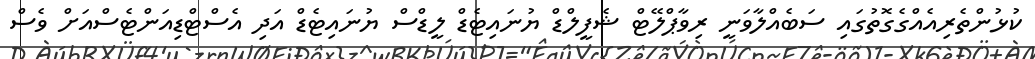
ކުޅުންތެރިއެއްގެގޮތުގައި ސަބެއްލާވަނީ ރިވާޕްލޭޓް ޝެފީލްޑް ޔުނައިޓެޑް ލީޑްސް ޔުނައިޓެޑް އަދި އެސްޓްޑިއަންޓެސްއަށް ވެސް